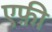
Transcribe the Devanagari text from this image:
एफ़ी